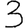
Digit: 3